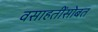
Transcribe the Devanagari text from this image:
वसाहतींसोबत